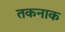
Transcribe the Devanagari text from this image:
तकनाक